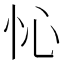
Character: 㤈